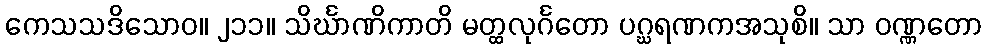
ကေသသဒိသောဝ။ ၂၁၁။ သိင်္ဃာဏိကာတိ မတ္ထလုင်္ဂတော ပဂ္ဃရဏကအသုစိ။ သာ ဝဏ္ဏတော